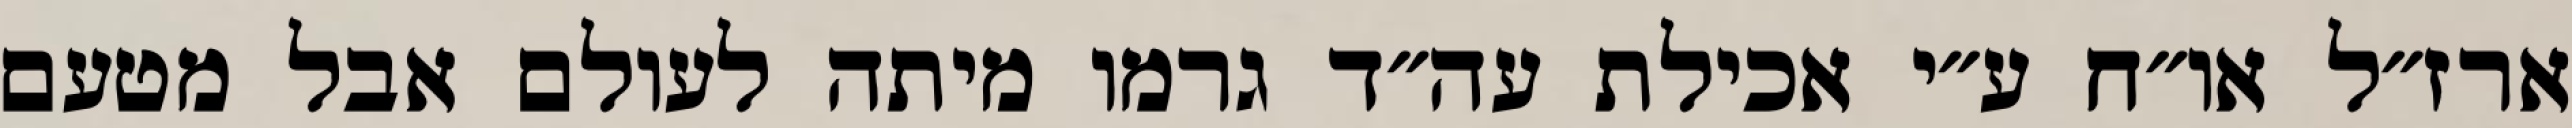
ארז״ל או״ח ע״י אכילת עה״ד גרמו מיתה לעולם אבל מטעם